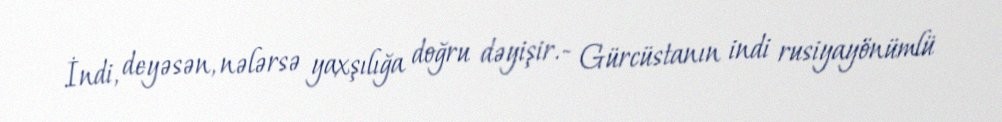
İndi, deyəsən, nələrsə yaxşılığa doğru dəyişir.- Gürcüstanın indi rusiyayönümlü